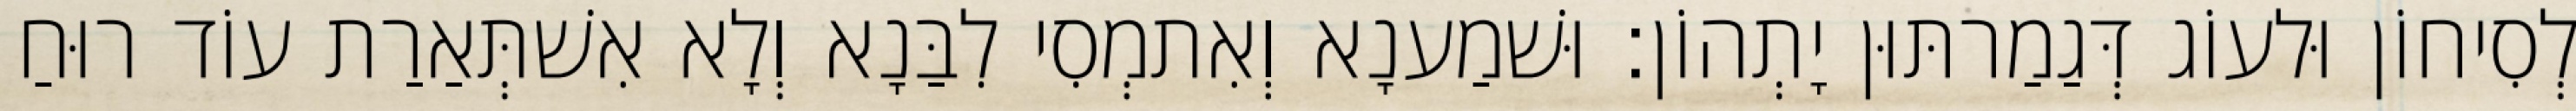
לְסִיחוֹן וּלעוֹג דְּגַמַרתּוּן יָתְהוֹן׃ וּשׁמַענָא וְאִתמְסִי לִבַּנָא וְלָא אִשׁתְּאַרַת עוֹד רוּחַ